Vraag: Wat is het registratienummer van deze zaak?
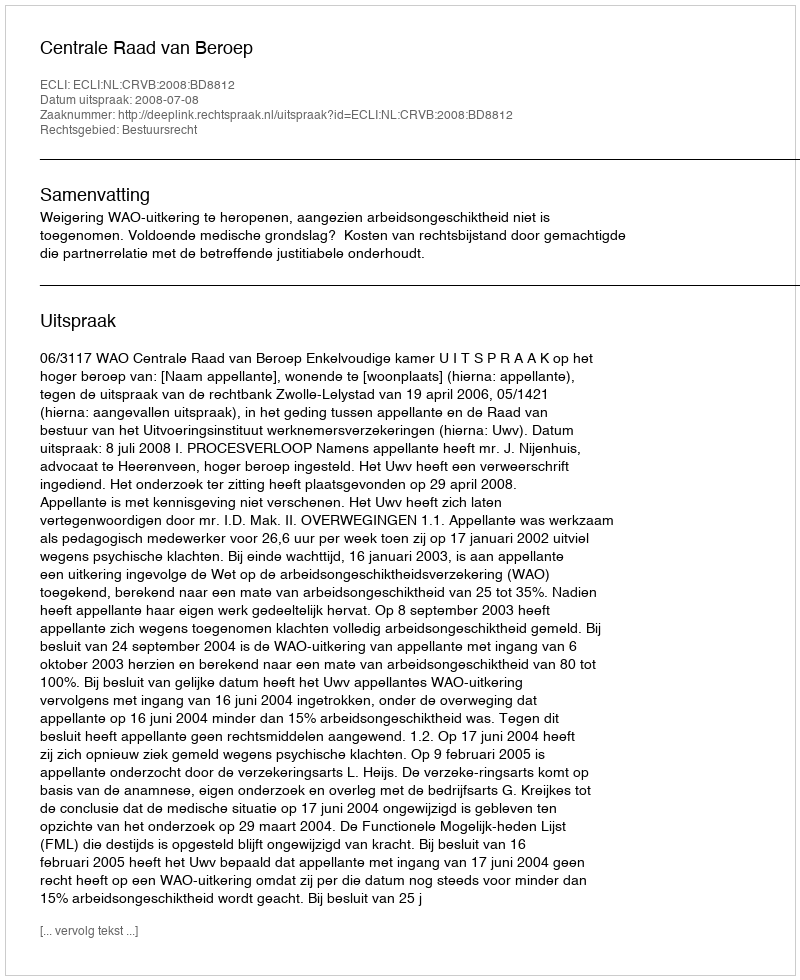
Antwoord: http://deeplink.rechtspraak.nl/uitspraak?id=ECLI:NL:CRVB:2008:BD8812